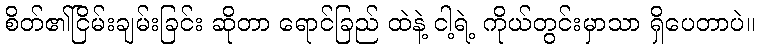
စိတ်၏ငြိမ်းချမ်းခြင်း ဆိုတာ ရောင်ခြည် ထဲနဲ့ ငါ့ရဲ့ ကိုယ်တွင်းမှာသာ ရှိပေတာပဲ။